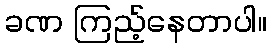
ခဏ ကြည့်နေတာပါ။